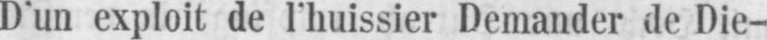
D’un exploit de I’huissier Demander de Die-